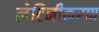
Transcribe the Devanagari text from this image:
लेटिनीकरण